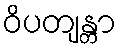
ဝိပတျန္တာ